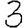
Digit: 3